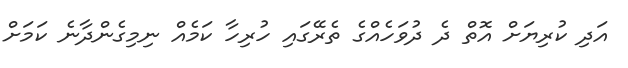
އަދި ކުރިޔަށް އޮތް ދެ ދުވަހެއްގެ ތެރޭގައި ހުރިހާ ކަމެއް ނިމިގެންދާނެ ކަމަށް